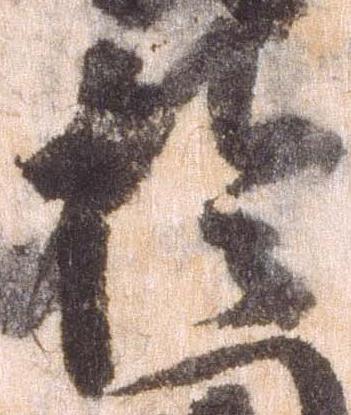
於